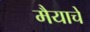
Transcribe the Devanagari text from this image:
मैयाचे